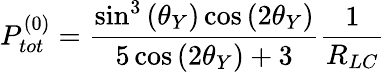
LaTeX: P_{tot}^{(0)}=\frac{\sin^{3}\left(\theta_{Y}\right)\cos\left(2\theta_{Y}\right)}{5\cos\left(2\theta_{Y}\right)+3}\frac{1}{R_{LC}}